Annual report of the Bengal Veterinary College and of the Civil Veterinary Department, Bengal, for the year 1909-1910 - 1909-1910
Year: 1909
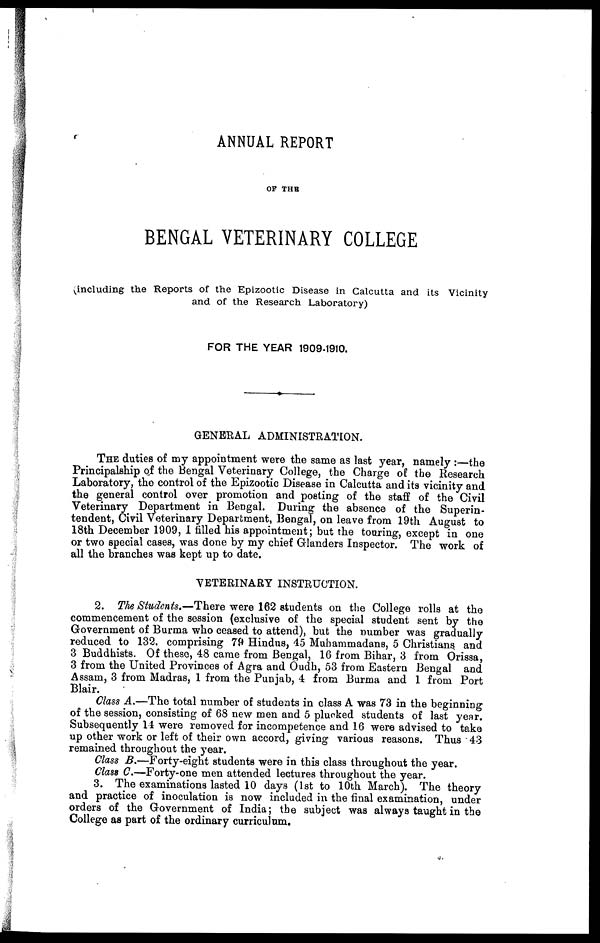
ANNUAL REPORT
OF THE
BENGAL VETERINARY COLLEGE
(including the Reports of the Epizootic Disease in Calcutta and its Vicinity
and of the Research Laboratory)
FOR THE YEAR 1909-1910.
GENERAL ADMINISTRATION.
THE duties of my appointment were the same as last year, namely :—the
Principalship of the Bengal Veterinary College, the Charge of the Research
Laboratory, the control of the Epizootic Disease in Calcutta and its vicinity and
the general control over promotion and posting of the staff of the Civil
Veterinary Department in Bengal. During the absence of the Superin-
tendent, Civil Veterinary Department, Bengal, on leave from 19th August to
18th December 1909, 1 filled his appointment; but the touring, except in one
or two special cases, was done by my chief Glanders Inspector. The work of
all the branches was kept up to date.
VETERINARY INSTRUCTION.
2. The Students.—There were 162 students on the College rolls at the
commencement of the session (exclusive of the special student sent by the
Government of Burma who ceased to attend), but the number was gradually
reduced to 132, comprising 79 Hindus, 45 Muhammadans, 5 Christians and
3 Buddhists. Of these, 48 came from Bengal, 16 from Bihar, 3 from Orissa,
3 from the United Provinces of Agra and Oudh, 53 from Eastern Bengal and
Assam, 3 from Madras, 1 from the Punjab, 4 from Burma and 1 from Port
Blair.
Class A.—The total number of students in class A was 73 in the beginning
of the session, consisting of 68 new men and 5 plucked students of last year.
Subsequently 14 were removed for incompetence and 16 were advised to take
up other work or left of their own accord, giving various reasons. Thus 43
remained throughout the year.
Class B.—Forty-eight students were in this class throughout the year.
Class C.—Forty-one men attended lectures throughout the year.
3. The examinations lasted 10 days (1st to 10th March). The theory
and practice of inoculation is now included in the final examination, under
orders of the Government of India; the subject was always taught in the
College as part of the ordinary curriculum.